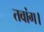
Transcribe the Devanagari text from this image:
तवांग।